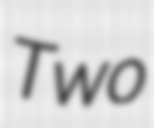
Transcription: Two